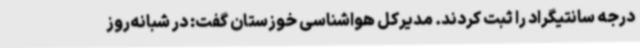
درجه سانتیگراد را ثبت کردند. مدیرکل هواشناسی خوزستان گفت: در شبانه‌روز